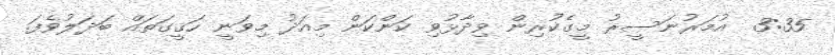
3:35  އުމަރުނަސީރު މީގެކުރިން ވިދާޅުވި ކަންކަން މިއަދު މިވަނީ ހަޤީގަތައް ބަދަލުވެފަ.